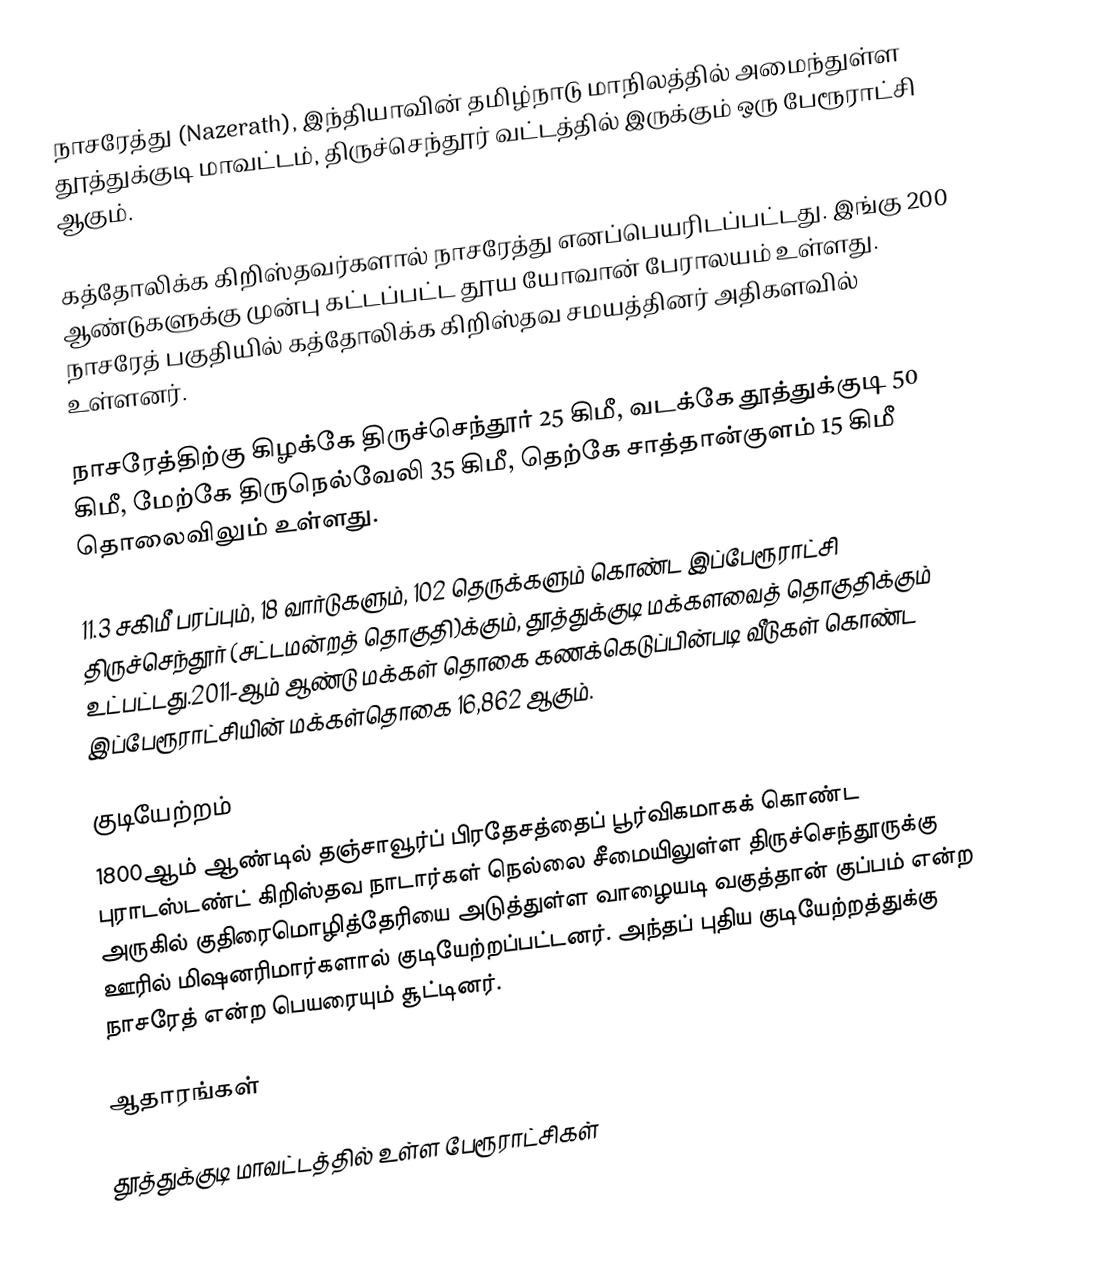
நாசரேத்து (Nazerath), இந்தியாவின் தமிழ்நாடு மாநிலத்தில் அமைந்துள்ள தூத்துக்குடி மாவட்டம், திருச்செந்தூர் வட்டத்தில் இருக்கும் ஒரு பேரூராட்சி ஆகும்.

கத்தோலிக்க கிறிஸ்தவர்களால் நாசரேத்து எனப்பெயரிடப்பட்டது. இங்கு 200 ஆண்டுகளுக்கு முன்பு கட்டப்பட்ட தூய யோவான்  பேராலயம் உள்ளது. நாசரேத் பகுதியில் கத்தோலிக்க கிறிஸ்தவ சமயத்தினர் அதிகளவில் உள்ளனர்.

நாசரேத்திற்கு கிழக்கே திருச்செந்தூர் 25 கிமீ, வடக்கே தூத்துக்குடி 50 கிமீ, மேற்கே திருநெல்வேலி 35 கிமீ, தெற்கே சாத்தான்குளம் 15 கிமீ தொலைவிலும் உள்ளது.

11.3 சகிமீ பரப்பும், 18 வார்டுகளும், 102 தெருக்களும் கொண்ட இப்பேரூராட்சி திருச்செந்தூர் (சட்டமன்றத் தொகுதி)க்கும், தூத்துக்குடி மக்களவைத் தொகுதிக்கும் உட்பட்டது.2011-ஆம் ஆண்டு மக்கள் தொகை கணக்கெடுப்பின்படி வீடுகள் கொண்ட இப்பேரூராட்சியின் மக்கள்தொகை  16,862 ஆகும்.

குடியேற்றம்
1800ஆம் ஆண்டில் தஞ்சாவூர்ப் பிரதேசத்தைப் பூர்விகமாகக் கொண்ட புராடஸ்டண்ட் கிறிஸ்தவ நாடார்கள் நெல்லை சீமையிலுள்ள திருச்செந்தூருக்கு அருகில் குதிரைமொழித்தேரியை அடுத்துள்ள வாழையடி வகுத்தான் குப்பம் என்ற ஊரில் மிஷனரிமார்களால் குடியேற்றப்பட்டனர். அந்தப் புதிய குடியேற்றத்துக்கு நாசரேத் என்ற பெயரையும் சூட்டினர்.

ஆதாரங்கள்

தூத்துக்குடி மாவட்டத்தில் உள்ள பேரூராட்சிகள்